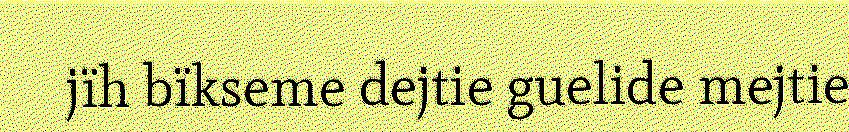
jïh bïkseme dejtie guelide mejtie